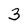
Character: 3